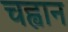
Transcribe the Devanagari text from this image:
चह्वान